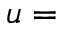
u =